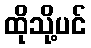
ထိုသို့ပင်